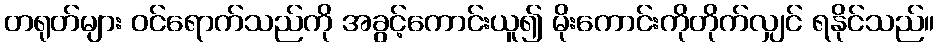
တရုတ်များ ဝင်ရောက်သည်ကို အခွင့်ကောင်းယူ၍ မိုးကောင်းကိုတိုက်လျှင် ရနိုင်သည်။